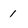
Character: 1